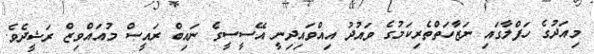
މިއަދުގެ ހަފްލާގައި ނަޒާހަތްތެރިކަމުގެ ވައުދު އިއްވައިދިނީ އޭސީސީގެ ނައިބް ރައީސް މުއައްވިޒް ރަޝީދެވެ.